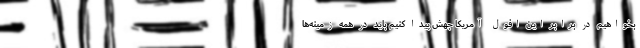
بخواهیم در برابر این افول آمریکا جهش پیدا کنیم باید در همه زمینه‌ها